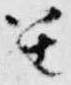
笙